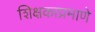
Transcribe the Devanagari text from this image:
शिक्षकाप्रमाणे